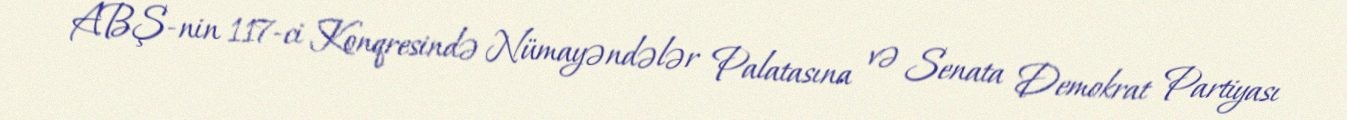
ABŞ-nin 117-ci Konqresində Nümayəndələr Palatasına və Senata Demokrat Partiyası